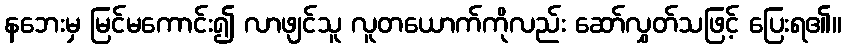
နဘေးမှ မြင်မကောင်း၍ လာဖျင်သူ လူတယောက်ကိုလည်း ဆော်လွှတ်သဖြင့် ပြေးရ၏။